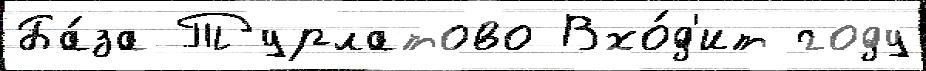
Ба́за Турлатово Вхо́д'ит году